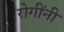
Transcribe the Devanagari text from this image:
रोगींनी